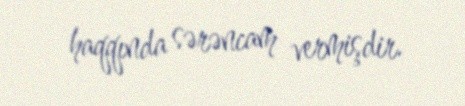
haqqında sərəncam vermişdir.